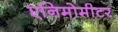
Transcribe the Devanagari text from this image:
एनिमोमीटर